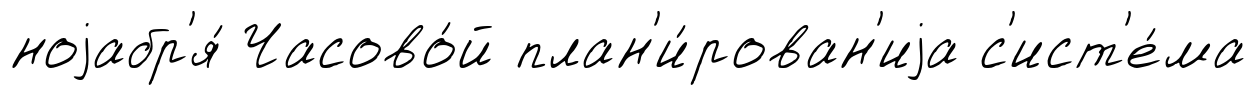
ноjабр'я́ Часово́й план'и́рован'иjа с'ист'е́ма